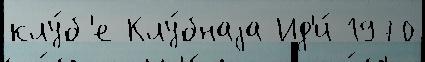
клу́б'е Клу́бнаjа Ид'и́ 1970